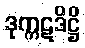
ဒုက္ကဋဒိဋ္ဌိ